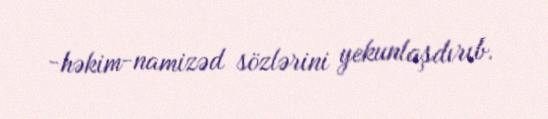
-həkim-namizəd sözlərini yekunlaşdırıb.